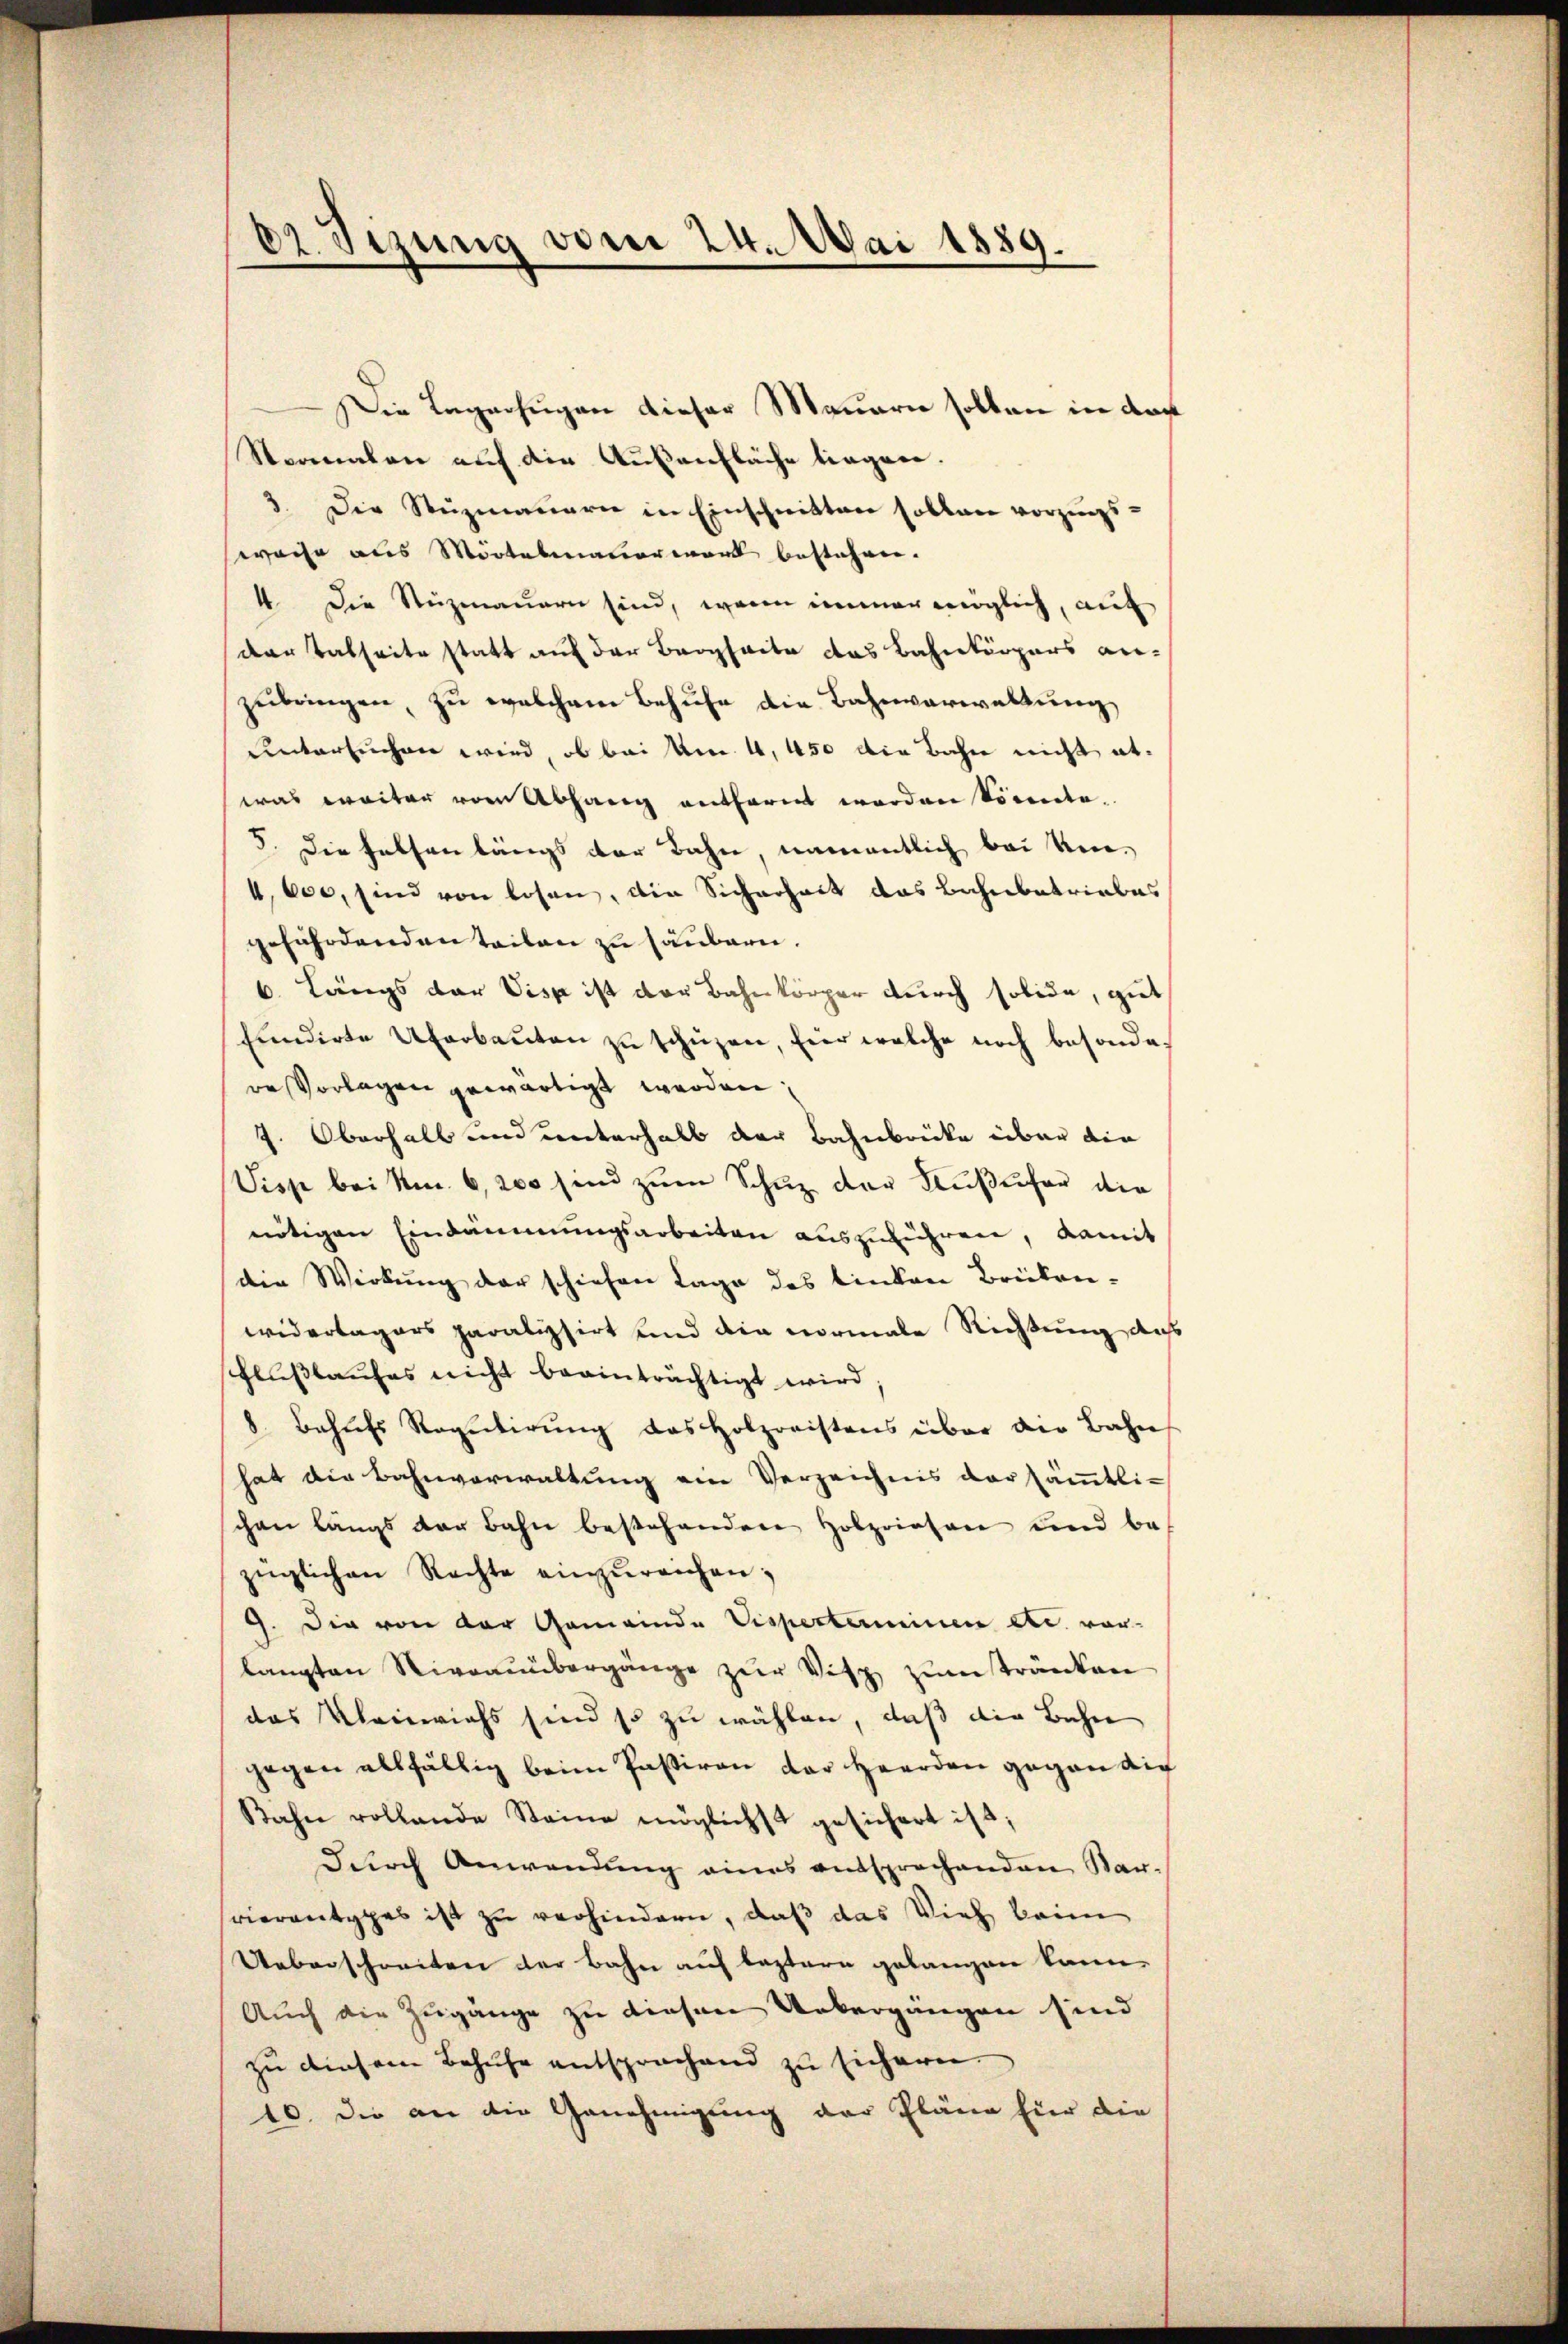
82 Tizung vom 24. Mai 1889.

Die Lagerfugen dieser Mauern solten in das
Normalen auf die Außenfläche liegen.
3. Die Stuzmauern in Einschnitten sollen vorzugsweise aus Mörtelmauermark bestehen.
4 Die Stezmauern sind, wenn immer möglich, auf
der Tatseite statt auf der Bergheite das Bahnkörpers an-
zubringen, zu welchem Behufe die Bahnverwaltung
untersuchen wird, ob bei Um 4, 450 die Bahn nicht abwas weiter vom Abhang entfernt worden könnte.
5. Die Felsen längs der Bahn, namentlich bei Um-
4,600, sind von losen, die Sicherheit das Bahnbetriebes
gefährdenden teilen zu säubern.
6. Längs der Visp ist der Bahnkörper durch solide, gut
fundirte Uferbaŭten zŭ schüzen, hier welche noch besonder
re Vorlagen gewärtigt werden;
J. Oberhalb und unterhalb der Bahnbrücke über die
Disse bei Nm. 6, 200 sind zum Schuz der Kußufer die
nötigen Eindämmungsarbeiten auszuführen, damit
die Wirkung der schiehen Lage des linken Brükenwiderlagers paratisirt und die vormale Richtung das
schlußlaufes nicht beeinträchtigt wird
8. Behŭfs Requitierŭng das Holzreistens über die Bahn
hat die Bahnverwaltung ein Verzeichnis der sämmtlichen längs der Bahn bestehendere Holzriesen und be-
züglichen Rechte einzŭreichen;
9. Die von der Gemeinde Visperterminen etc. vor-
langten Niveaŭübergänge zŭr Vitz zŭm tränken
das Kleinviehs sind so zu wählen, daß die Bahn
gegen allfällig beim Passiven der Heerden gegen die
Bahn vollende Steine möglichst gesichert ist;
durch Anwendung eines entsprechenden Sar-
vierantypes ist zu verhindern, daß das Vieh kein
Ueberschreiten der Bahn auf leztern gelangen kann
Auch die Zugänge zu diesen Uebergängen sind
zu diesem Behufe entsprochend zu sichern.
10. Die an die Genehmigung der Pläne für die